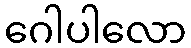
ဂေါပါလော